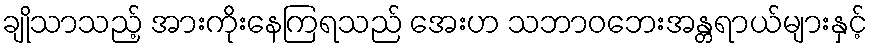
ချိုသာသည့် အားကိုးနေကြရသည် အေးဟ သဘာဝဘေးအန္တရာယ်များနှင့်